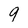
Character: 9